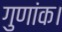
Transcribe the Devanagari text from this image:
गुणांक।